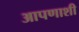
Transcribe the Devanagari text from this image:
आपणाशी